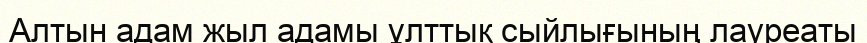
Алтын адам жыл адамы ұлттық сыйлығының лауреаты